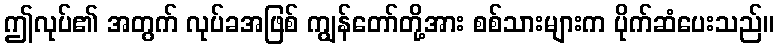
ဤလုပ်၏ အတွက် လုပ်ခအဖြစ် ကျွန်တော်တို့အား စစ်သားများက ပိုက်ဆံပေးသည်။